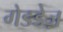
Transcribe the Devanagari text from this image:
गेडडेज़